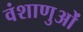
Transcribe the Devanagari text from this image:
वंशाणुओं